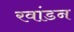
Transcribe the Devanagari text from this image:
रवांडन